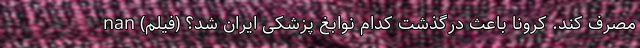
مصرف کند. کرونا باعث درگذشت کدام نوابغ پزشکی ایران شد؟ (فیلم) nan